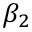
\beta _ { 2 }